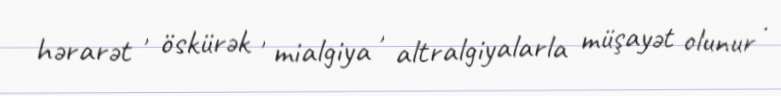
hərarət , öskürək , mialgiya , altralgiyalarla müşayət olunur .